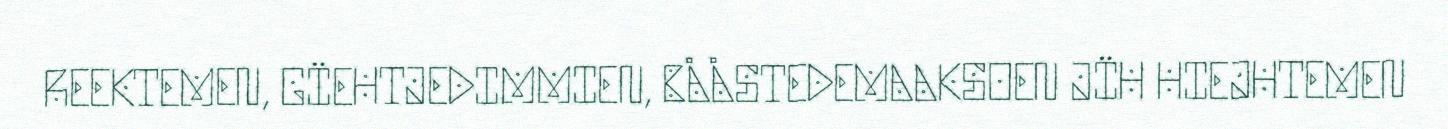
REEKTEMEN, GÏEHTJEDIMMIEN, BÅÅSTEDEMAAKSOEN JÏH HIEJHTEMEN